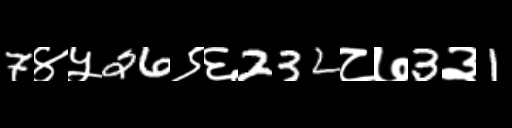
Text: 7४५26९६232८७3३1